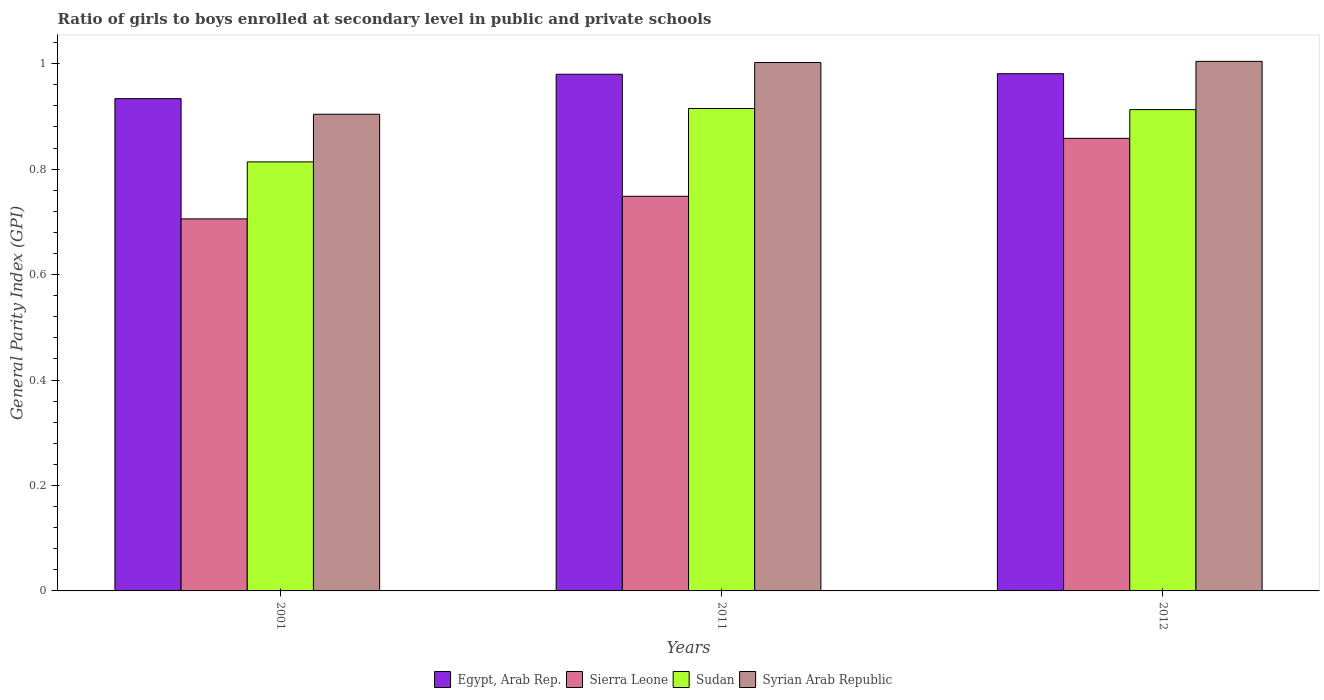
| Years | Egypt, Arab Rep. | Sierra Leone | Sudan | Syrian Arab Republic |
 | --- | --- | --- | --- | --- |
 | 2001 | 0.934 | 0.706 | 0.814 | 0.904 |
 | 2011 | 0.98 | 0.749 | 0.915 | 1 |
 | 2012 | 0.981 | 0.858 | 0.913 | 1 |